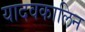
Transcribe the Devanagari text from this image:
यादवकालिन